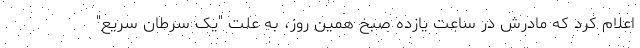
اعلام کرد که مادرش در ساعت یازده صبح همین روز، به علت "یک سرطان سریع"